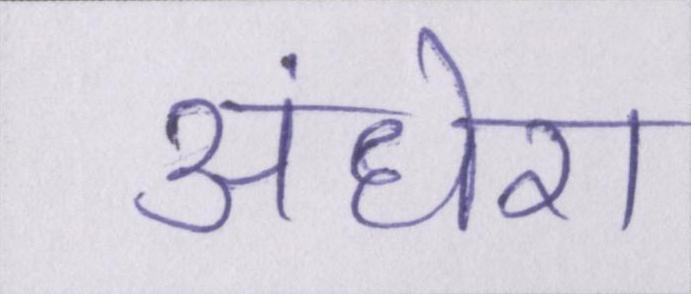
अंधेरा